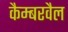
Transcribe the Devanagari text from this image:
कैम्बरवैल